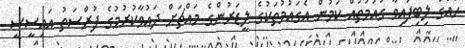
ހައްގު ލިބިފައިވާ ގައުމުތައް ކަމުން އެގައުމުތަކުގެ ލީޑަރުންގެ މައްޗަށް ދައުވާކުރުމުގެ ފުރްސަތު އައިސީސީ